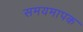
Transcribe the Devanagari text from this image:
समयमापक